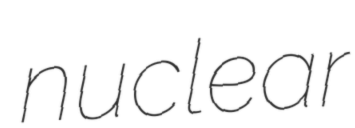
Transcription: nuclear